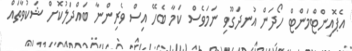
އެޕޮއިންޓްމަންޓް ހޯދަން އުނދަގޫވި ނަމަވެސް ކަމާ ބެހޭ އިސް ވެރިންނާ ބައްދަލުކޮށް ޝަކުވާތައް